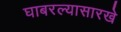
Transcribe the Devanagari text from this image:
घाबरल्यासारखे